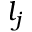
l _ { j }